Vaccination United Provinces of Agra and Oudh 1914-1922 - 1914-1922
Year: 1914
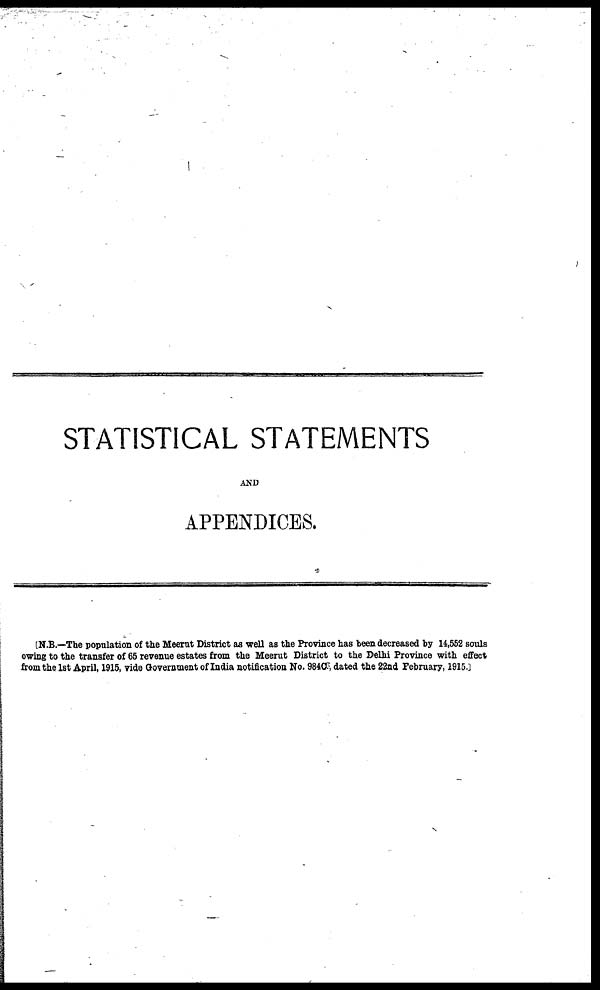
STATISTICAL STATEMENTS
AND
APPENDICES.
[N.B.—The population of the Meerut District as well as the Province has been decreased by 14,552 souls
owing to the transfer of 65 revenue estates from the Meerut District to the Delhi Province with effect
from the 1st April, 1915, vide Government of India notification No. 984C dated the 22nd February, 1915.]